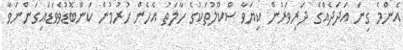
އެންމެ ގިނަ އަދަދެއްގެ ދަރިވަރުން ކިޔަވާ ސްކޫލުތަކުގެ ހާލަތު އެހެން ހުރުމުން ކަންބޮޑުވެވަޑައިގަންނަވާ